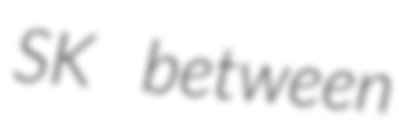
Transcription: SK between